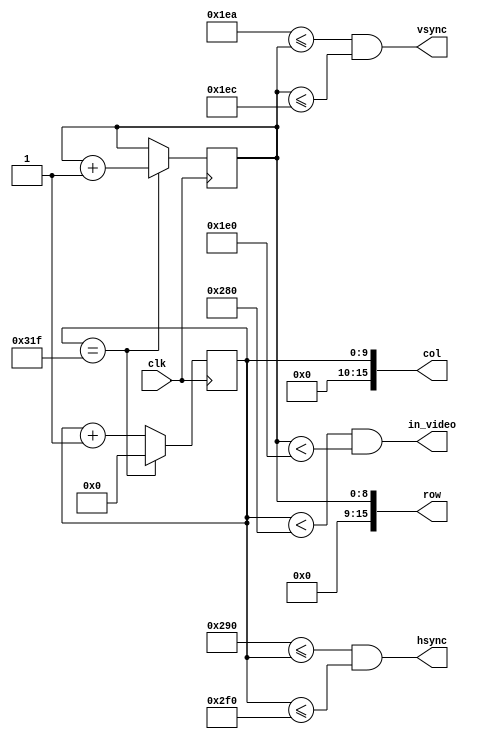
module vga_timing(clk, row, col, in_video, hsync, vsync);
	input clk;
 
	output [15:0] row, col;
	output in_video;
	output hsync, vsync;
	
	reg [9:0] CounterX;
	reg [8:0] CounterY;
	
	/* Timing:
	Horizontal:
	 - 640 video
	 - 16 front porch
	 - 96 hsync
	 - 48 back porch
	 
	 Vertical:
	  - 480 video
	  - 10 front porch (+15)
	  - 2 vsync
	  - 33 back porch
	*/
	
	initial begin
		CounterX = 0;
		CounterY = 0;
	end
	
	always @(posedge clk)
	begin
		if(CounterX == 799) begin
			CounterX <= 0;
			if(CounterY == 524) // +15
				CounterY <= 0;
			else
				CounterY <= CounterY + 1;
		end else begin
			CounterX <= CounterX + 1;
		end
		
		
	end
	
	assign col = CounterX;
	assign row = CounterY;

	assign hsync = (656 <= CounterX && CounterX <= 752);
	assign vsync = (490 <= CounterY && CounterY <= 492); // +15 x 2
	
	assign in_video = CounterX < 640 && CounterY < 480;
endmodule